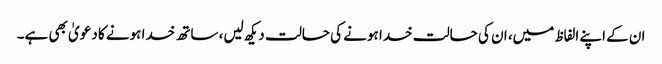
ان کے اپنے الفاظ میں، ان کی حالت خدا ہونے کی حالت دیکھ لیں، ساتھ خدا ہونے کا دعویٰ بھی ہے۔